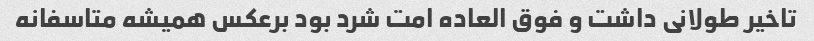
تاخیر طولانی داشت و فوق العاده امت شرد بود برعکس همیشه متاسفانه